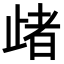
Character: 𣦈